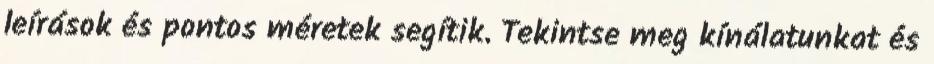
leírások és pontos méretek segítik. Tekintse meg kínálatunkat és